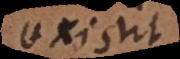
existit.